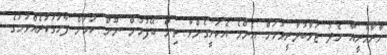
މާރާމާރީއާ މެދު ޖަވާބުދާރީވުމަށް އެންމެ އެކަށީގެންވާ ތިން ބޭފުޅުން ނޫން ކަމަށް ފާހަގަކުރެއްވުމުގެ